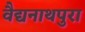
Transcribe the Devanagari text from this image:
वैद्यनाथपुरा